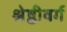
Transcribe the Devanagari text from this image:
श्रेष्ठीवर्ग